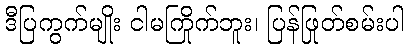
ဒီပြကွက်မျိုး ငါမကြိုက်ဘူး၊ ပြန်ဖြုတ်စမ်းပါ